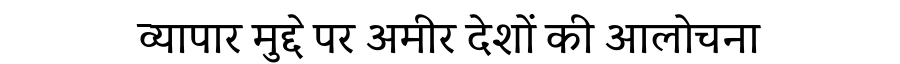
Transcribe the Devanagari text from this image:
व्यापार मुद्दे पर अमीर देशों की आलोचना